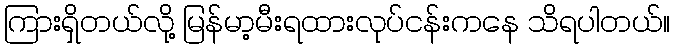
ကြားရှိတယ်လို့ မြန်မာ့မီးရထားလုပ်ငန်းကနေ သိရပါတယ်။